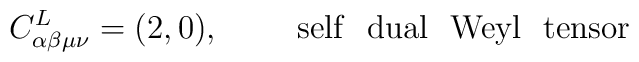
C^{L}_{\alpha \beta \mu \nu} =(2,0),~~~~~~~{\rm self~~ dual~~ Weyl~~ tensor}